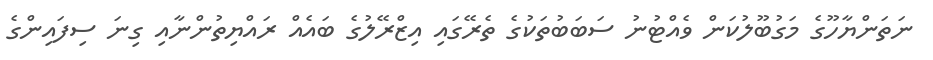
ނަތަންޔާހޫގެ މަގުބޫލުކަން ވެެއްޓުނު ސަބަބުތަކުގެ ތެރޭގައި އިޒްރޭލުގެ ބައެއް ރައްޔިތުންނާއި ގިނަ ސިފައިންގެ